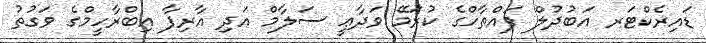
ޑައިރެކްޓަރ އަބުދުލް ފައްތާހްގެ ކުރަމޭ ވަދާޢީ ސަލާމް އަދި އާރިފާ އިބްރާހީމްގެ ވަގުތު